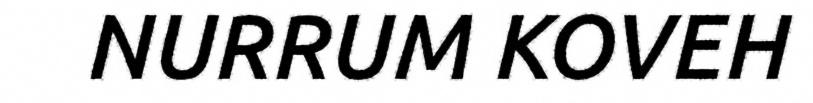
NURRUM KOVEH